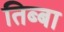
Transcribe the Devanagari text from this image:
तिब्बा